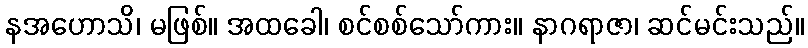
နအဟောသိ၊ မဖြစ်။ အထခေါ၊ စင်စစ်သော်ကား။ နာဂရာဇာ၊ ဆင်မင်းသည်။